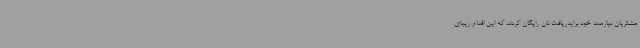
مشتریان نیازمند خود برایدریافت نان رایگان کردند که این اقدام زیبای